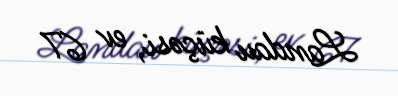
Landau küçəsi, ev 67